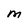
Character: M